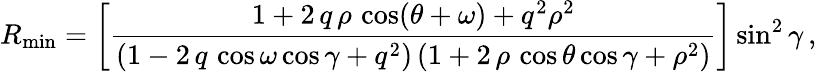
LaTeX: R_{\mathrm{min}}=\left[\frac{1+2\, q\, \rho\, \cos(\theta+\omega)+q^{2}\rho^{2}}{\left(1-2\, q\, \cos\omega\cos\gamma+q^{2}\right)\left(1+2\, \rho\, \cos\theta\cos\gamma+\rho^{2}\right)}\right]\sin^{2}\gamma\, ,